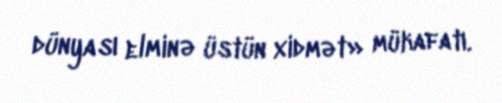
dünyası elminə üstün xidmət» mükafatı.